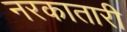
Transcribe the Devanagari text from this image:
नरकातारी